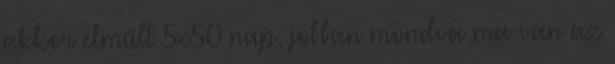
akkor elmúlt 5x50 nap, jobban mondva ma van az